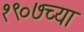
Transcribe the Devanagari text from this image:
१९०७च्या